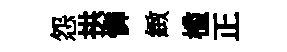
怨拱憐緻槛正